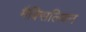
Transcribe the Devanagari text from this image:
मैक्सिलियन